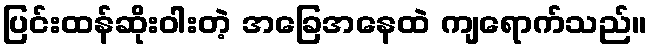
ပြင်းထန်ဆိုးဝါးတဲ့ အခြေအနေထဲ ကျရောက်သည်။